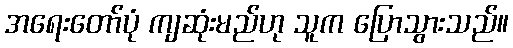
အရေးတော်ပုံ ကျဆုံးမည်ဟု သူက ပြောသွားသည်။